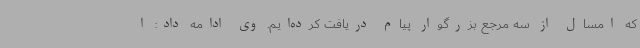
که امسال از سه مرجع بزرگوار پیام دریافت کرده‌ایم. وی ادامه داد: ا